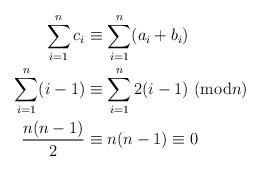
LaTeX: \begin{align*}\sum_{i=1}^n c_i &\equiv \sum_{i=1}^n (a_i+b_i) \\ \sum_{i=1}^n (i-1) &\equiv \sum_{i=1}^n 2(i-1) \text{ (mod$n$) } \\ \frac{n(n-1)}{2} &\equiv n(n-1) \equiv 0 \end{align*}